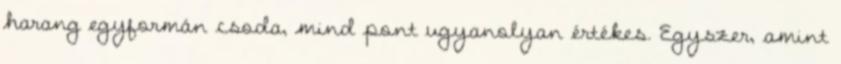
harang egyformán csoda, mind pont ugyanolyan értékes. Egyszer, amint